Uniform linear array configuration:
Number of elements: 8
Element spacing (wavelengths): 0.5
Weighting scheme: cosine
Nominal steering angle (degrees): -30
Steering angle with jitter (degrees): -29.466
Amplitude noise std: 0.05
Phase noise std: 0.05

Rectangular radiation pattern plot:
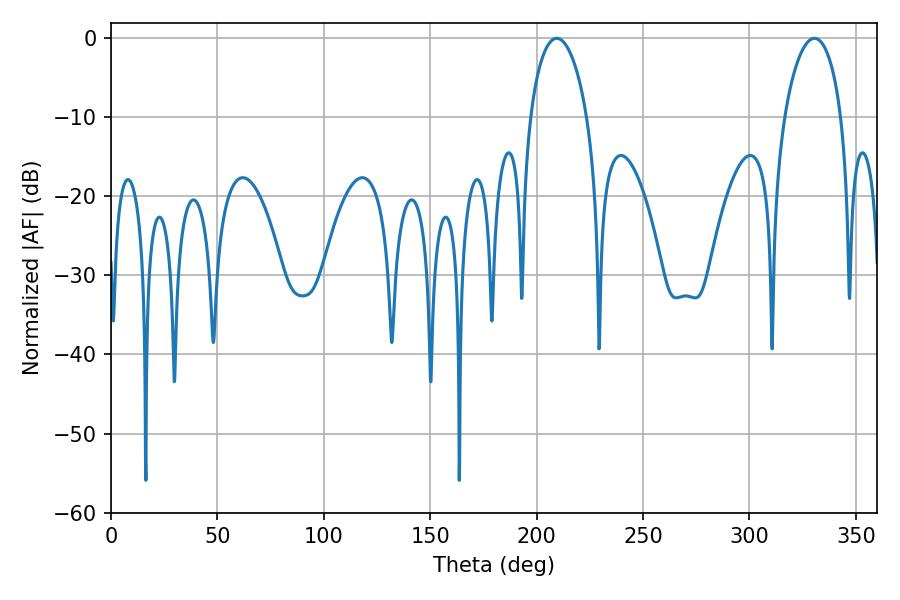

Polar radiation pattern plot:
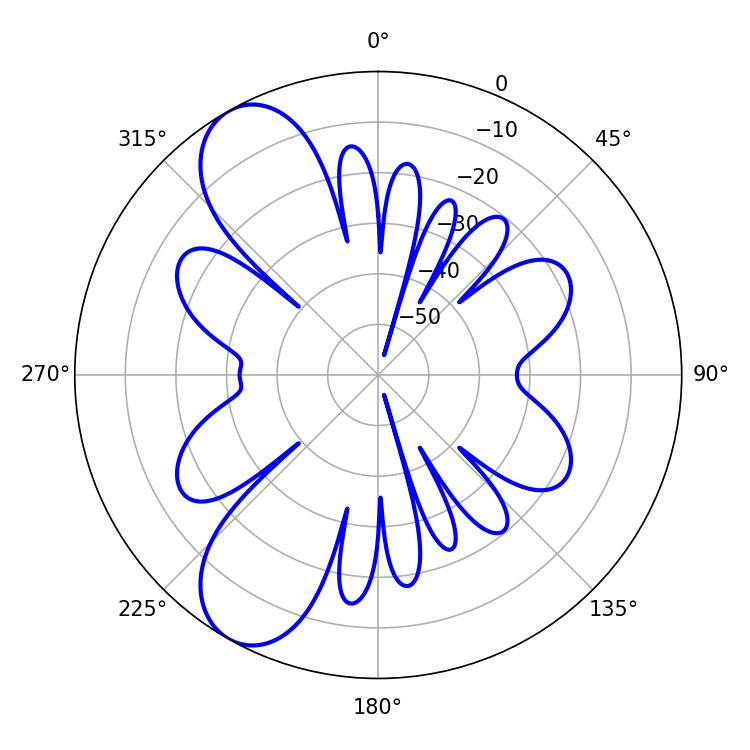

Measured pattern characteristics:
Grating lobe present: FALSE
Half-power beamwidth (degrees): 15.3
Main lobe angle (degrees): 330.48